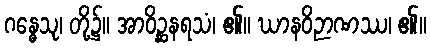
ဂန္ဓေသု၊ တို့၌။ အာဝိဉ္ဆနရသံ၊ ၏။ ဃာနဝိဉာဏဿ၊ ၏။